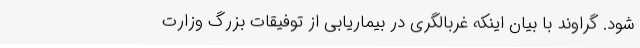
شود. گراوند با بیان اینکه غربالگری در بیماریابی از توفیقات بزرگ وزارت